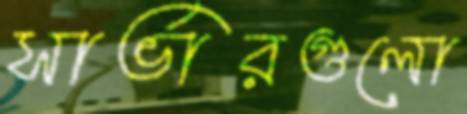
সার্ভারগুলো